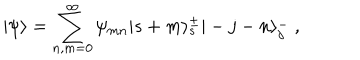
| \psi \rangle = \sum _ { n , m = 0 } ^ { \infty } \psi _ { m n } | s + m \rangle _ { s } ^ { \pm } | - j - n \rangle _ { j } ^ { - } ~ , \nonumber